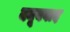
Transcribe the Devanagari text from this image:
क्यूबवाद